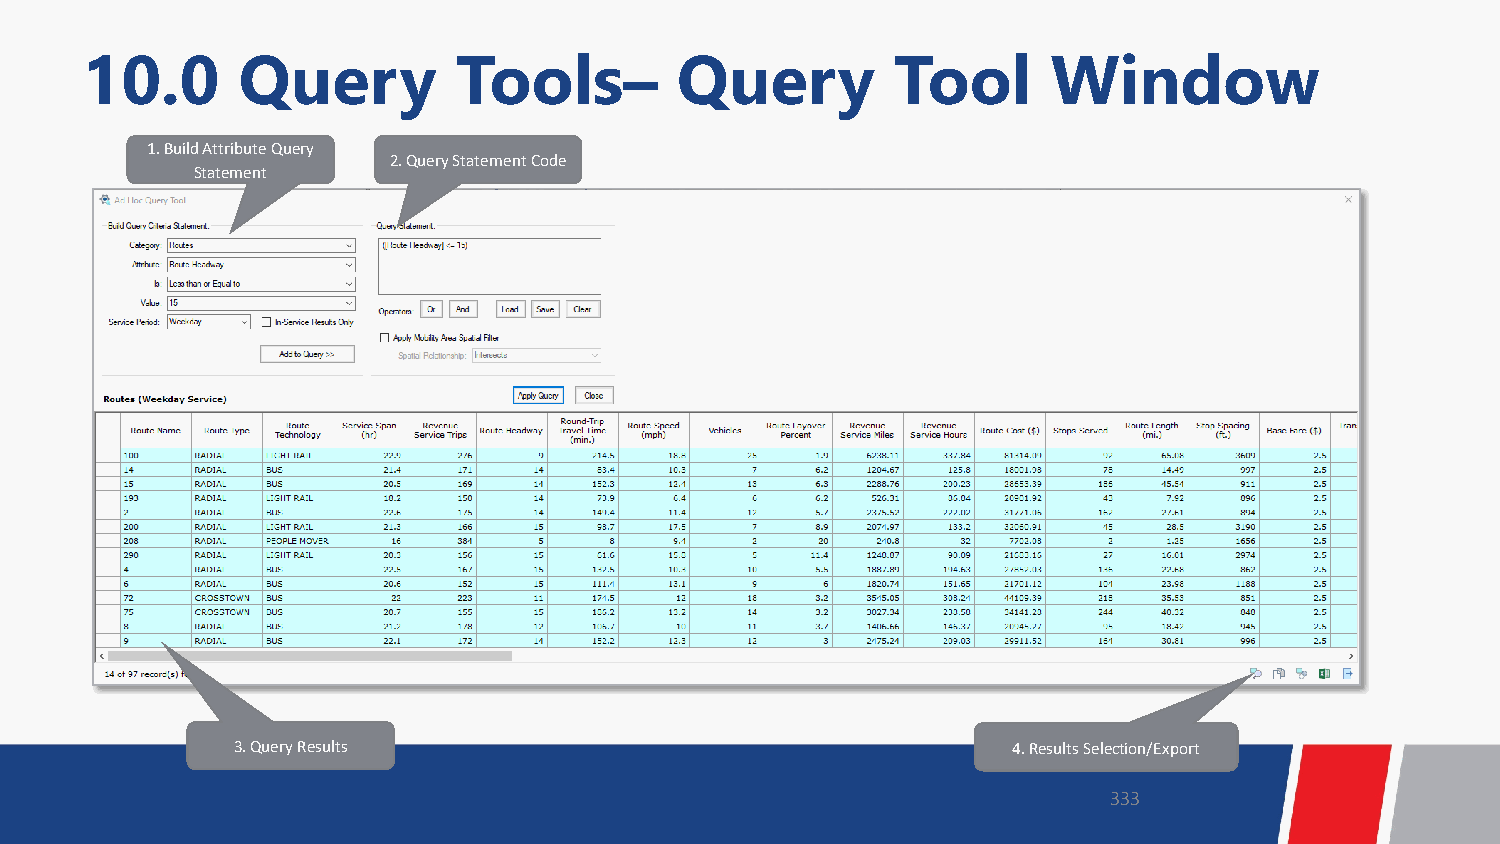
10.0       Query         Tools–         Query         Tool       Window
 1. Build Attribute Query
 2. Query Statement Code
 Statement
 3. Query Results                                    4. Results Selection/Export
 333